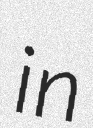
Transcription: in